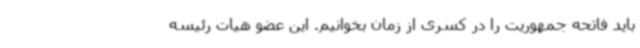
باید فاتحه جمهوریت را در کسری از زمان بخوانیم. این عضو هیات رئیسه